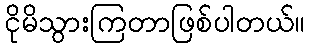
ငိုမိသွားကြတာဖြစ်ပါတယ်။